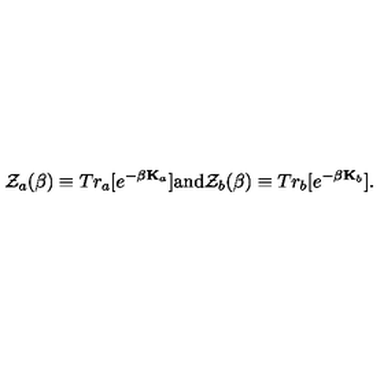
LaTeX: { \cal Z } _ { a } ( \beta ) \equiv T r _ { a } [ e ^ { - \beta { \bf K } _ { a } } ] \mathrm { a n d } { \cal Z } _ { b } ( \beta ) \equiv T r _ { b } [ e ^ { - \beta { \bf K } _ { b } } ] .